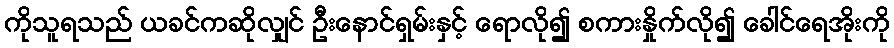
ကိုသူရသည် ယခင်ကဆိုလျှင် ဦးနောင်ရှမ်းနှင့် ရောလို၍ စကားနှိုက်လို၍ ခေါင်ရေအိုးကို